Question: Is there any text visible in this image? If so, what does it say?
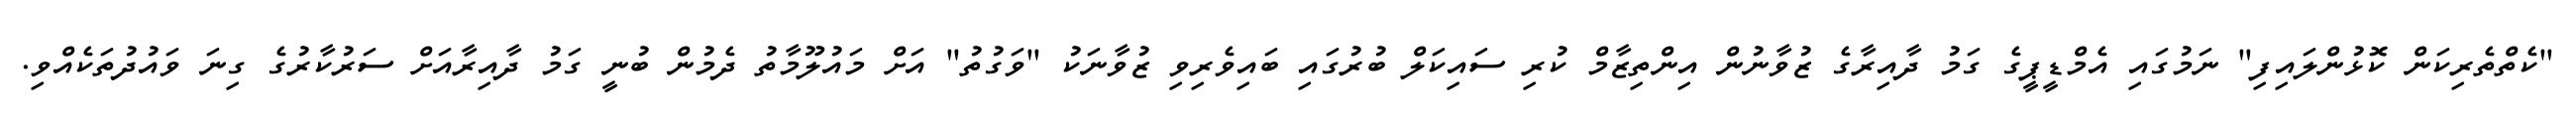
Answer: "ކެތްތެރިކަން ކޮޅުންލައިފި" ނަމުގައި އެމްޑީޕީގެ ގަމު ދާއިރާގެ ޒުވާނުން އިންތިޒާމް ކުރި ސައިކަލް ބުރުގައި ބައިވެރިވި ޒުވާނަކު "ވަގުތު" އަށް މައުލޫމާތު ދެމުން ބުނީ ގަމު ދާއިރާއަށް ސަރުކާރުގެ ގިނަ ވައުދުތަކެއްވި.